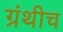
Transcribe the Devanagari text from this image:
ग्रंथीच